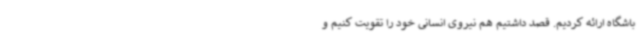
باشگاه ارائه کردیم. قصد داشتیم هم نیروی انسانی خود را تقویت کنیم و